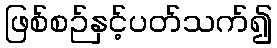
ဖြစ်စဉ်နှင့်ပတ်သက်၍